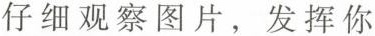
仔细观察图片，发挥你